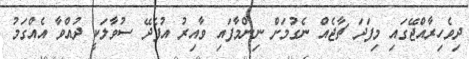
ދިވެހިރާއްޖޭގައި މިފަދަ ޗާޖެއް ނެގުމަށް ނިންމާފައި ވާއިރު އުފެެދޭ ސުވާލަކީ ދުއްވާ އެއްގަމު